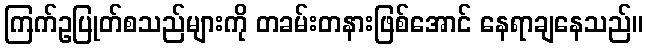
ကြက်ဥပြုတ်စသည်များကို တခမ်းတနားဖြစ်အောင် နေရာချနေသည်။